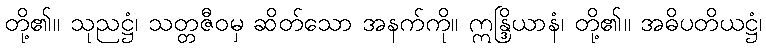
တို့၏။ သုညဋ္ဌံ၊ သတ္တဇီဝမှ ဆိတ်သော အနက်ကို။ ဣန္ဒြိယာနံ၊ တို့၏။ အဓိပတိယဋ္ဌံ၊